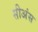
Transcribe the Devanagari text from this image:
सीअंस